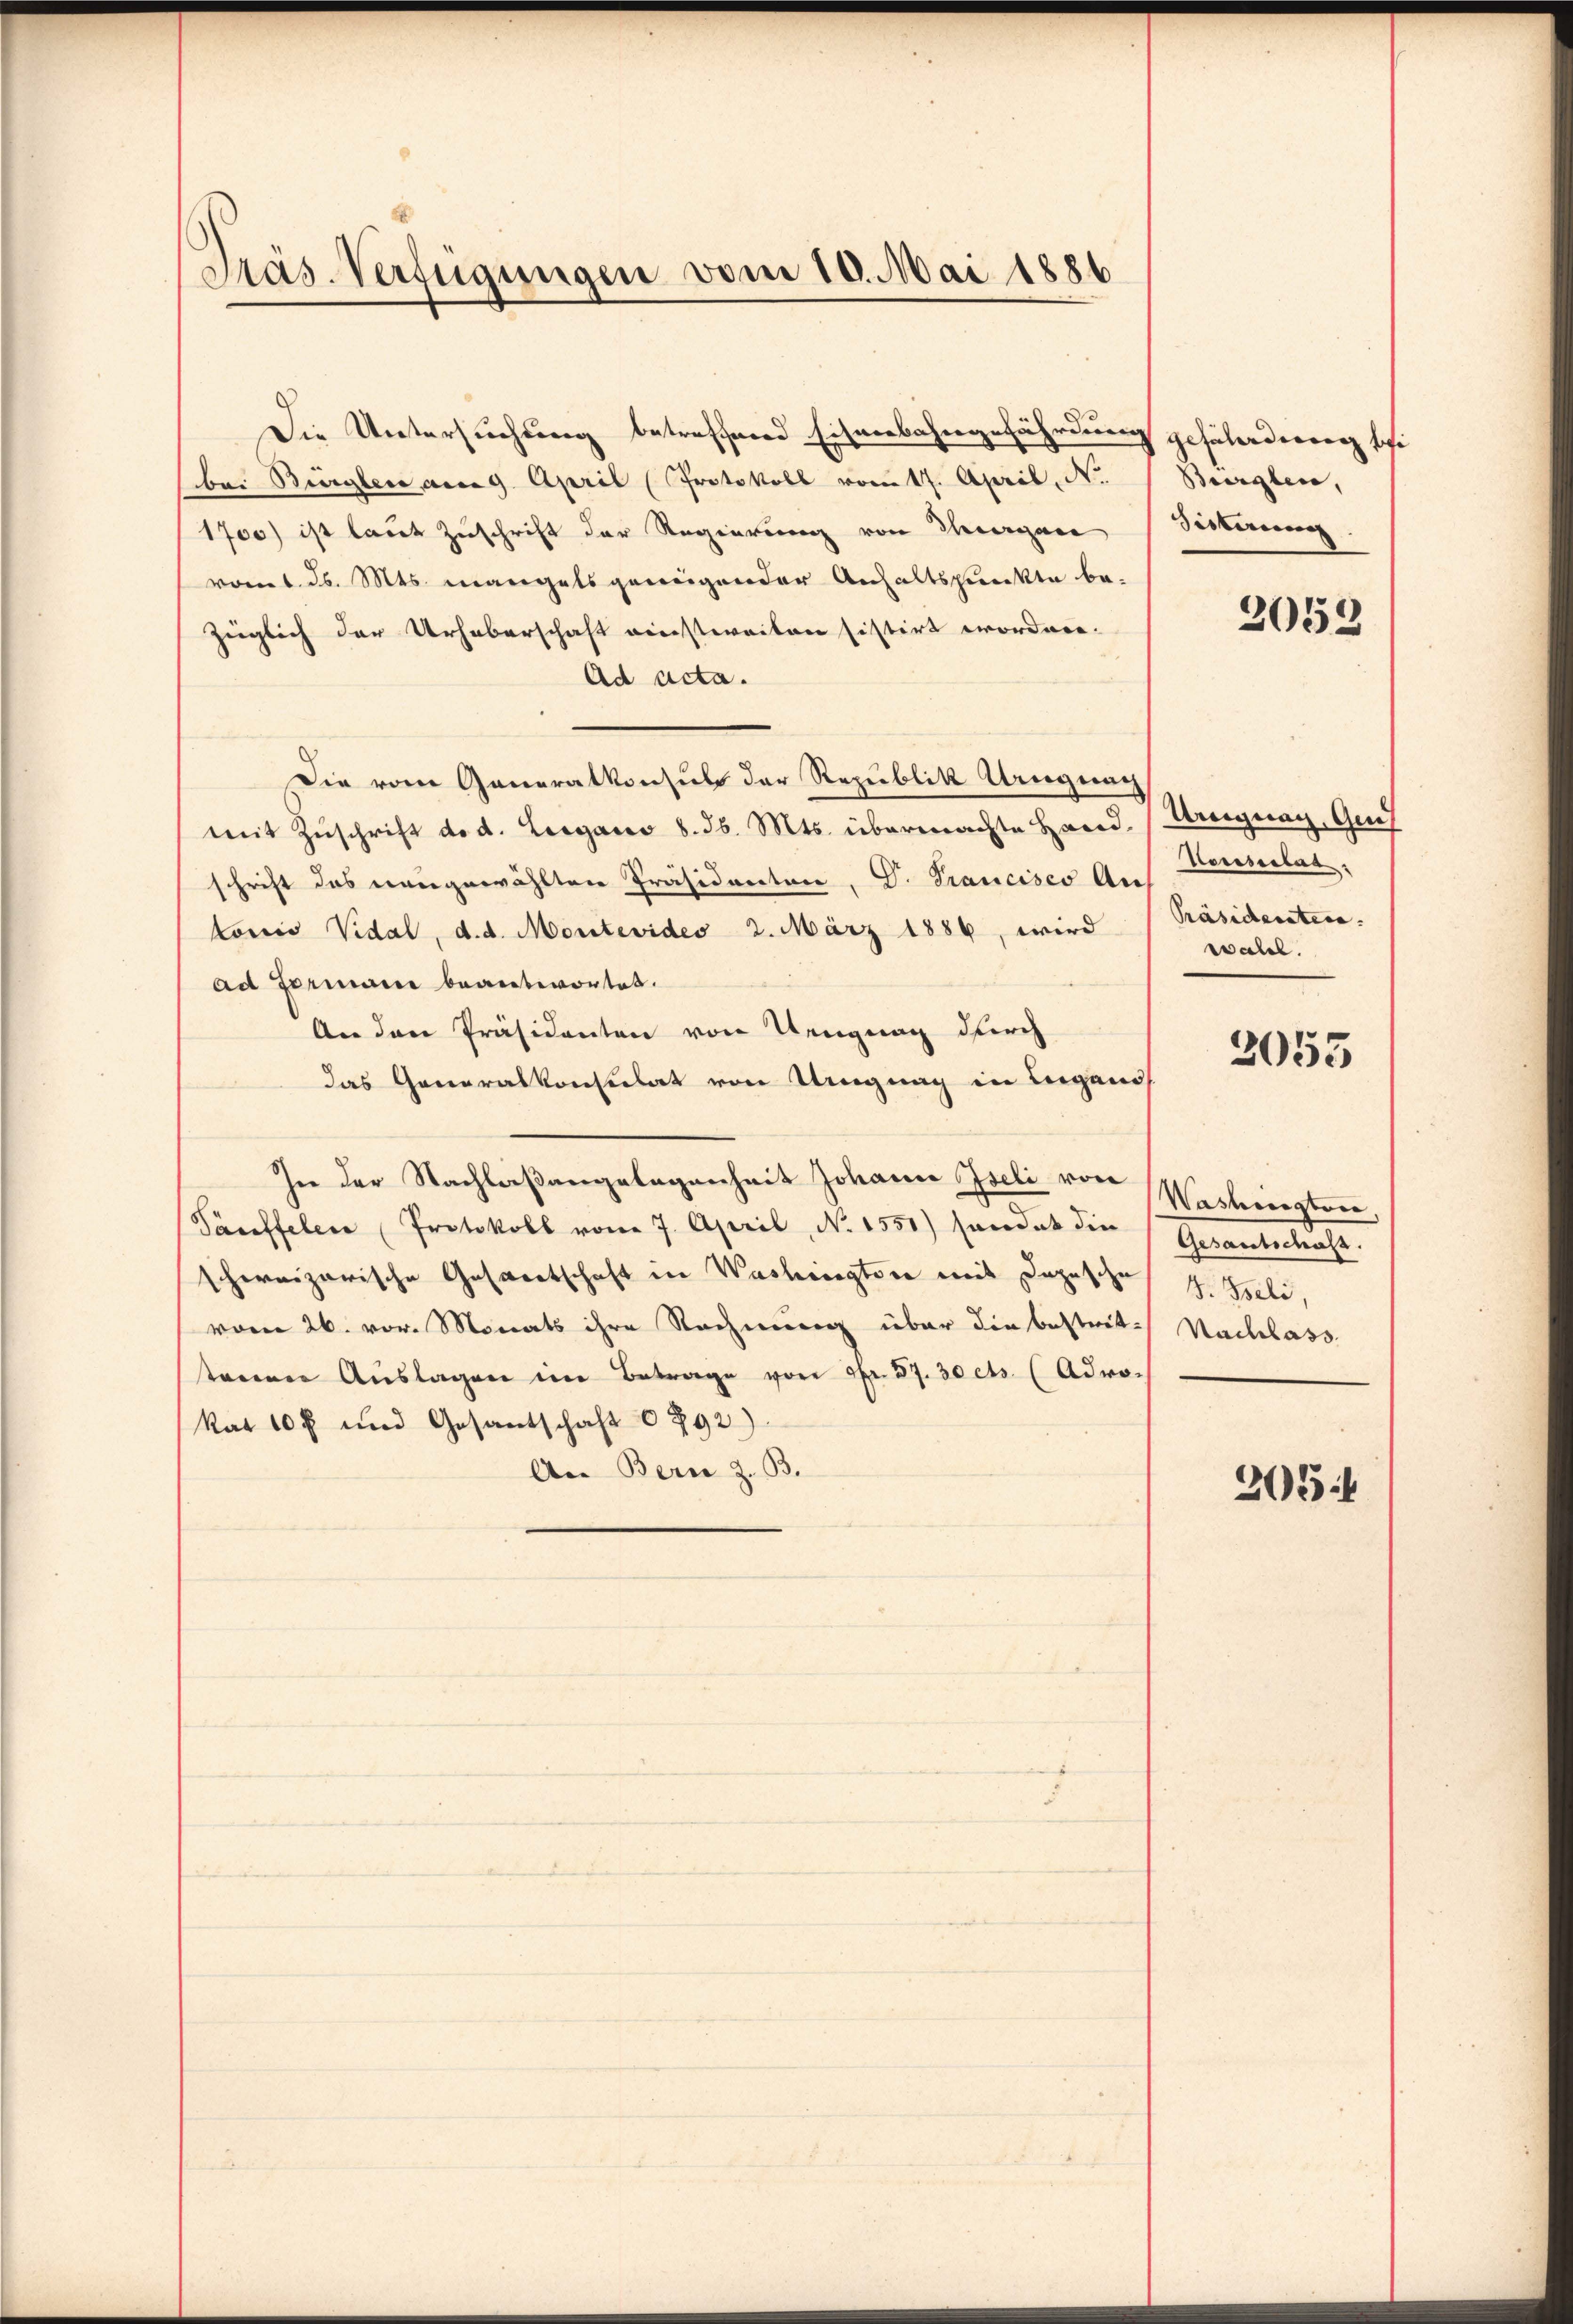
Präs. Verfügungen vom 10. Mai 1886

Die Untersuchung betreffend Eisenbahngefährdung gesaladung schi
bei Bürgler am 9. April (Protokoll vom 17. April, No.
1700) ist laut Zuschrift der Regierung von Thurgau
vom 1. ds. Mts. mangels genügender Anhaltspunkte be-
züglich der Urhaberschaft einstweilen histirt worden.
Ad acta.
Die vom Generalkonsuls der Republik Ungnach
mit Zŭschrift d. d. Leigano d. d. Mts. übermachte Hand. (Vergnay, Gus
schrift des neugewählten Präsidenten, G. Trancisco An
tonio Vidal, d. d. Montevides 2. März 1886, wird
ad Formani beantwortet.
An den Präsidenten von Neugung durch
das Generalkonsulat von Ungnag in Lugano
In der Nachlaßangelegenheit Johann Iseli von Washington,
Täuffelen (Protokoll vom 7. April, No 1551) handet die
schweizerische Gaswertschaft in Washingtore mit Depesche
vom 26. vor. Monats ihre Rechnung über die bestrittarerer Aŭslagen im Betrage von Nr. 37. 30 cts. (Adro-
kar 10 f und Gesantschaft 292)
An Bern z. B.

Burglen,
Sistirung

2059

Vonsulat
Präsidenten. |
wall.

2053

Gesantschaf
J. Iseli,
Nachlass

2054